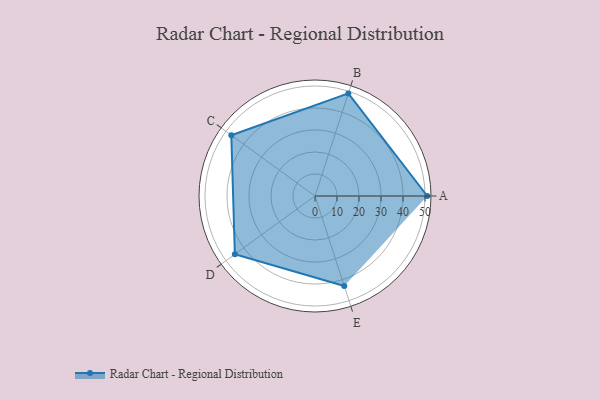
{"axis": {"x": "Skill", "y": "Score"}, "legend": ["Profile"], "data": [{"x": "A", "y": 51.0, "type": "Profile"}, {"x": "B", "y": 49.0, "type": "Profile"}, {"x": "C", "y": 47.0, "type": "Profile"}, {"x": "D", "y": 45.0, "type": "Profile"}, {"x": "E", "y": 43.0, "type": "Profile"}]}